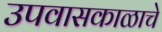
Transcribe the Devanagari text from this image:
उपवासकाळाचे